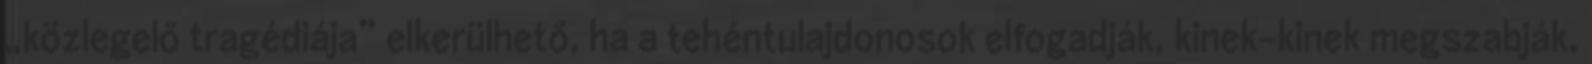
„közlegelő tragédiája” elkerülhető, ha a tehéntulajdonosok elfogadják, kinek-kinek megszabják,